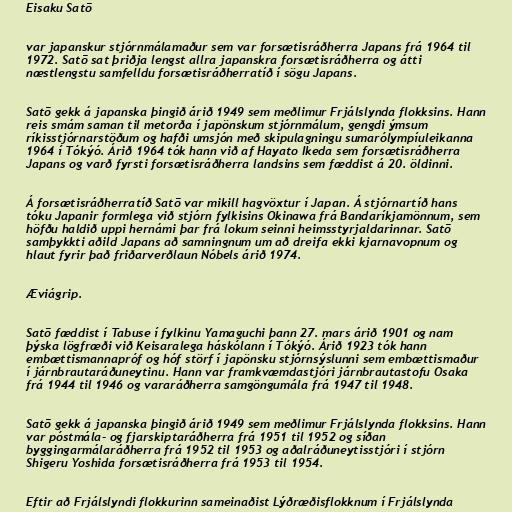
Eisaku Satō

var japanskur stjórnmálamaður sem var forsætisráðherra Japans frá 1964 til
1972. Satō sat þriðja lengst allra japanskra forsætisráðherra og átti
næstlengstu samfelldu forsætisráðherratíð í sögu Japans.

Satō gekk á japanska þingið árið 1949 sem meðlimur Frjálslynda flokksins. Hann
reis smám saman til metorða í japönskum stjórnmálum, gengdi ýmsum
ríkisstjórnarstöðum og hafði umsjón með skipulagningu sumarólympíuleikanna
1964 í Tókýó. Árið 1964 tók hann við af Hayato Ikeda sem forsætisráðherra
Japans og varð fyrsti forsætisráðherra landsins sem fæddist á 20. öldinni.

Á forsætisráðherratíð Satō var mikill hagvöxtur í Japan. Á stjórnartíð hans
tóku Japanir formlega við stjórn fylkisins Okinawa frá Bandaríkjamönnum, sem
höfðu haldið uppi hernámi þar frá lokum seinni heimsstyrjaldarinnar. Satō
samþykkti aðild Japans að samningnum um að dreifa ekki kjarnavopnum og
hlaut fyrir það friðarverðlaun Nóbels árið 1974.

Æviágrip.

Satō fæddist í Tabuse í fylkinu Yamaguchi þann 27. mars árið 1901 og nam
þýska lögfræði við Keisaralega háskólann í Tókýó. Árið 1923 tók hann
embættismannapróf og hóf störf í japönsku stjórnsýslunni sem embættismaður
í járnbrautaráðuneytinu. Hann var framkvæmdastjóri járnbrautastofu Osaka
frá 1944 til 1946 og vararáðherra samgöngumála frá 1947 til 1948.

Satō gekk á japanska þingið árið 1949 sem meðlimur Frjálslynda flokksins. Hann
var póstmála- og fjarskiptaráðherra frá 1951 til 1952 og síðan
byggingarmálaráðherra frá 1952 til 1953 og aðalráðuneytisstjóri í stjórn
Shigeru Yoshida forsætisráðherra frá 1953 til 1954.

Eftir að Frjálslyndi flokkurinn sameinaðist Lýðræðisflokknum í Frjálslynda